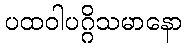
ပထဝါပဂ္ဂိသမာနော